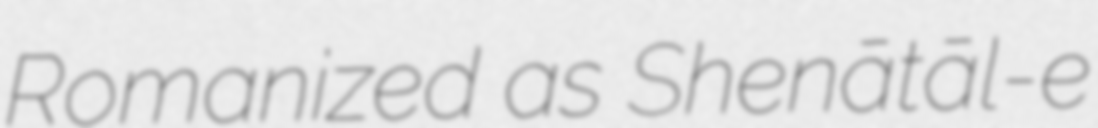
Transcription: Romanized as Shenātāl-e